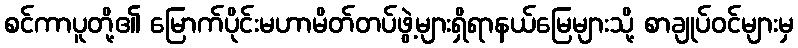
စင်ကာပူတို့၏ မြောက်ပိုင်းမဟာမိတ်တပ်ဖွဲ့များရှိရာနယ်မြေများသို့ စာချုပ်ဝင်များမှ